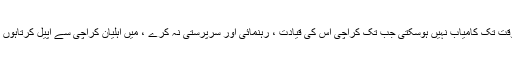
سنیئروزیرخزانہ نے کہا کہ کوئی سیاسی تحریک ہویا معاشی تحریک وہ اس وقت تک کامیاب نہیں ہوسکتی جب تک کراچی اس کی قیادت ، رہنمائی اور سرپرستی نہ کرے ، میں اہلیان کراچی سے اپیل کرتاہوں کہ اسلامی بینکاری کے سلسلے میں بھی ہماری سرپرستی اور رہنمائی کریں ۔